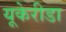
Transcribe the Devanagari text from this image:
यूकेरीडा